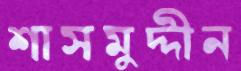
শাসমুদ্দীন